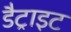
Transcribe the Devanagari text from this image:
डैट्राइट